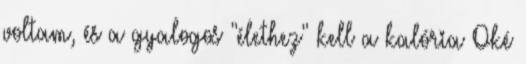
voltam, és a gyalogos "élethez" kell a kalória Oké